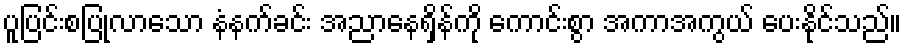
ပူပြင်းစပြုလာသော နံနက်ခင်း အညာနေရှိန်ကို ကောင်းစွာ အကာအကွယ် ပေးနိုင်သည်။